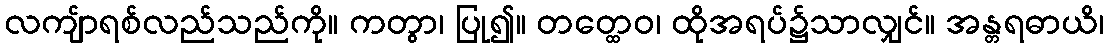
လကျ်ာရစ်လည်သည်ကို။ ကတွာ၊ ပြု၍။ တတ္ထေဝ၊ ထိုအရပ်၌သာလျှင်။ အန္တရဓာယိ၊